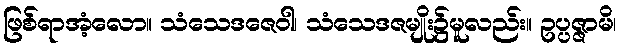
ဖြစ်ရာအံ့လော။ သံသေဒဇေဝါ၊ သံသေဒဇမျိုး၌မူလည်း။ ဥပ္ပဇ္ဇာမိ၊